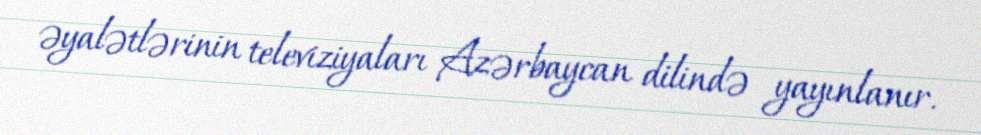
əyalətlərinin televiziyaları Azərbaycan dilində yayınlanır.